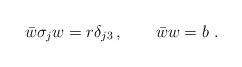
LaTeX: \begin{align*}\bar w \sigma_j w = r \delta_{j3} \, , \qquad \bar w w =b \, \,.\end{align*}